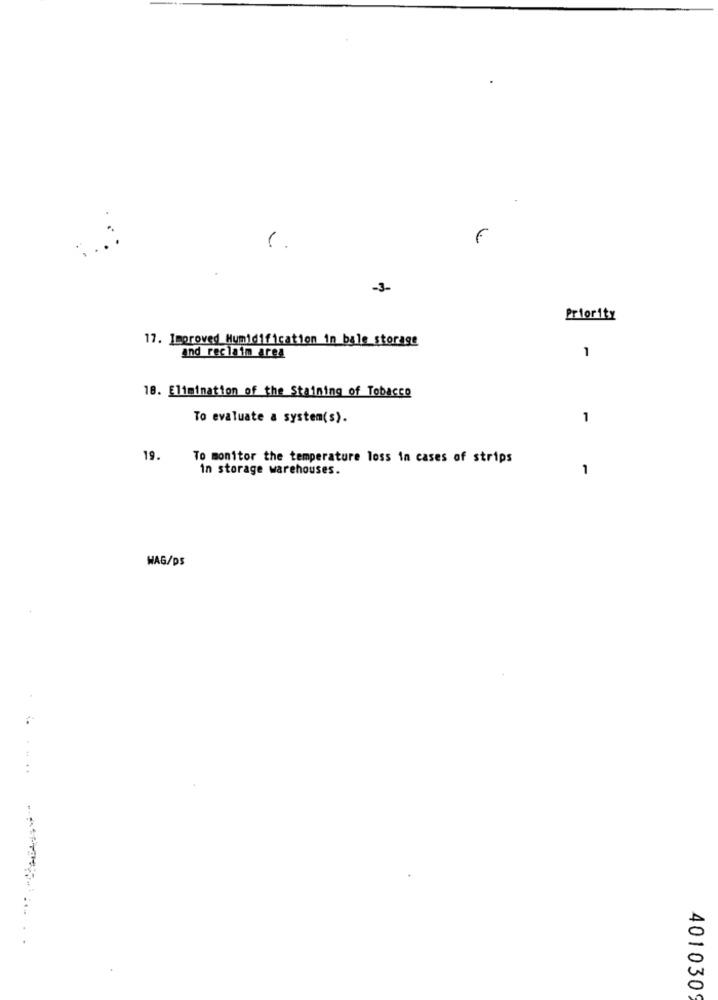
-3-
Priority
17. Improved Humidification in bale_storage
and reclaim area
1
18. Elimination of the Staining of Tobacco
To evaluate a system(s).
1
19.
To monitor the temperature loss in cases of strips
in storage warehouses.
1
WAG/DS
...
401030